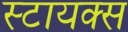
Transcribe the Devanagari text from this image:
स्टायक्स